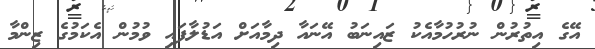
އޭގެ އިތުރުން ނުރުހުމާއެކު ޒައިނަބު އޭނައާ ދިމާއަށް އަޑުލާފައި ވުމުން އެކަމުގެ ޒިންމާ